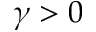
\gamma > 0